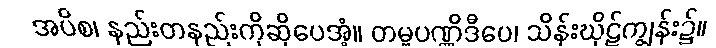
အပိစ၊ နည်းတနည်းကိုဆိုပေအံ့။ တမ္ဗပဏ္ဏိဒီပေ၊ သိန်းဃိုဠ်ကျွန်း၌။